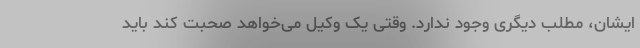
ایشان، مطلب دیگری وجود ندارد. وقتی یک وکیل می‌خواهد صحبت کند باید